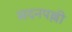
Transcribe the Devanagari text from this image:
सदनपल्ली